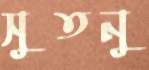
সুতনু